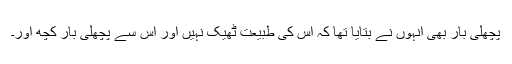
پچھلی بار بھی انہوں نے بتایا تھا کہ اس کی طبیعت ٹھیک نہیں اور اس سے پچھلی بار کچھ اور۔